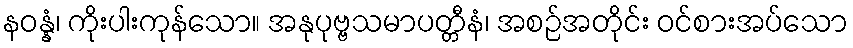
နဝန္နံ၊ ကိုးပါးကုန်သော။ အနုပုဗ္ဗသမာပတ္တီနံ၊ အစဉ်အတိုင်း ဝင်စားအပ်သော